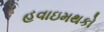
હવાઇમથકો